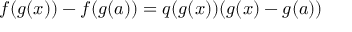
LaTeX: f ( g ( x ) ) - f ( g ( a ) ) = q ( g ( x ) ) ( g ( x ) - g ( a ) )